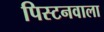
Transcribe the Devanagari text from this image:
पिस्टनवाला